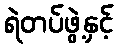
ရဲတပ်ဖွဲ့နှင့်